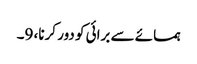
ہمسائے سے برائی کو دور کرنا، 9۔